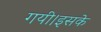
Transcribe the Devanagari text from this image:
गयी।इसके